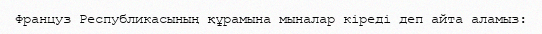
Француз Республикасының құрамына мыналар кіреді деп айта аламыз: